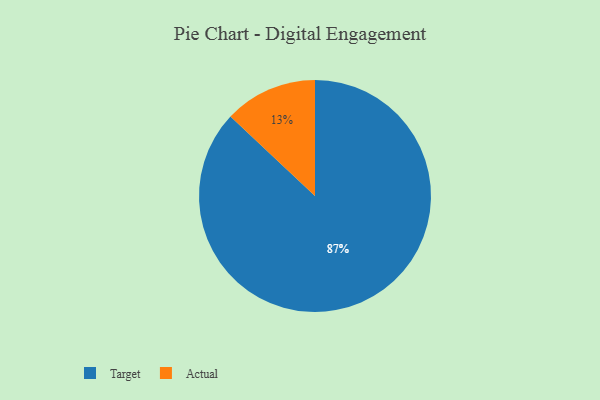
{"axis": {"x": "Category", "y": "Percentage"}, "legend": ["Actual", "Target"], "data": [{"x": "Actual", "y": 13, "type": "Actual"}, {"x": "Target", "y": 87, "type": "Target"}]}